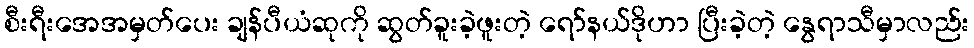
စီးရီးအေအမှတ်ပေး ချန်ပီယံဆုကို ဆွတ်ခူးခဲ့ဖူးတဲ့ ရော်နယ်ဒိုဟာ ပြီးခဲ့တဲ့ နွေရာသီမှာလည်း